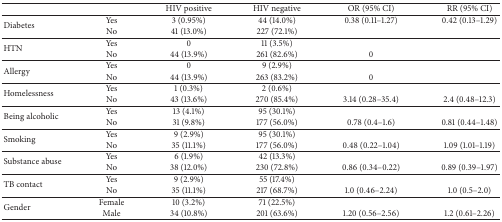
|  |  | HIV positive | HIV negative | OR (95% CI) | RR (95% CI) |
 | --- | --- | --- | --- | --- | --- |
 | <ROWSPAN=2> Diabetes | Yes | 3 (0.95%) | 44 (14.0%) | 0.38 (0.11–1.27) | 0.42 (0.13–1.29) |
 | No | 41 (13.0%) | 227 (72.1%) |  |  |
 | <ROWSPAN=2> HTN | Yes | 0 | 11 (3.5%) |  |  |
 | No | 44 (13.9%) | 261 (82.6%) | 0 |  |
 | <ROWSPAN=2> Allergy | Yes | 0 | 9 (2.9%) |  |  |
 | No | 44 (13.9%) | 263 (83.2%) | 0 |  |
 | <ROWSPAN=2> Homelessness | Yes | 1 (0.3%) | 2 (0.6%) |  |  |
 | No | 43 (13.6%) | 270 (85.4%) | 3.14 (0.28–35.4) | 2.4 (0.48–12.3) |
 | <ROWSPAN=2> Being alcoholic | Yes | 13 (4.1%) | 95 (30.1%) |  |  |
 | No | 31 (9.8%) | 177 (56.0%) | 0.78 (0.4–1.6) | 0.81 (0.44–1.48) |
 | <ROWSPAN=2> Smoking | Yes | 9 (2.9%) | 95 (30.1%) |  |  |
 | No | 35 (11.1%) | 177 (56.0%) | 0.48 (0.22–1.04) | 1.09 (1.01–1.19) |
 | <ROWSPAN=2> Substance abuse | Yes | 6 (1.9%) | 42 (13.3%) |  |  |
 | No | 38 (12.0%) | 230 (72.8%) | 0.86 (0.34–0.22) | 0.89 (0.39–1.97) |
 | <ROWSPAN=2> TB contact | Yes | 9 (2.9%) | 55 (17.4%) |  |  |
 | No | 35 (11.1%) | 217 (68.7%) | 1.0 (0.46–2.24) | 1.0 (0.5–2.0) |
 | <ROWSPAN=2> Gender | Female | 10 (3.2%) | 71 (22.5%) |  |  |
 | Male | 34 (10.8%) | 201 (63.6%) | 1.20 (0.56–2.56) | 1.2 (0.61–2.26) |